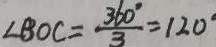
\angle B O C = \frac { 3 6 0 ^ { \circ } } { 3 } = 1 2 0 ^ { \circ }